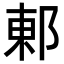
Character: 𮟽